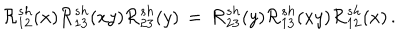
{ \cal R } _ { 1 2 } ^ { s h } ( x ) { \cal R } _ { 1 3 } ^ { s h } ( x y ) { \cal R } _ { 2 3 } ^ { s h } ( y ) \, = \, { \cal R } _ { 2 3 } ^ { s h } ( y ) { \cal R } _ { 1 3 } ^ { s h } ( x y ) { \cal R } _ { 1 2 } ^ { s h } ( x ) \, .